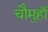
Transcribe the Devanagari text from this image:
चौमुहाँ